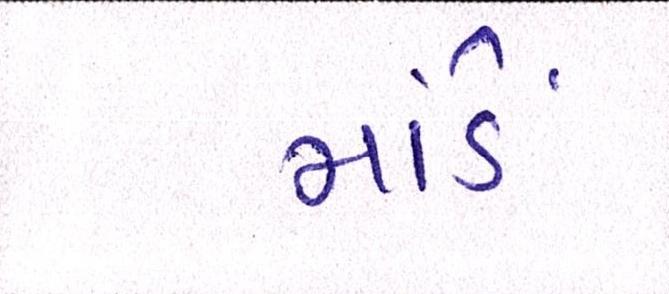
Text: માંડે